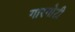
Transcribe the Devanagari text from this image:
गारगाेटी